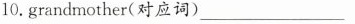
10.grandmother(对应词) ___